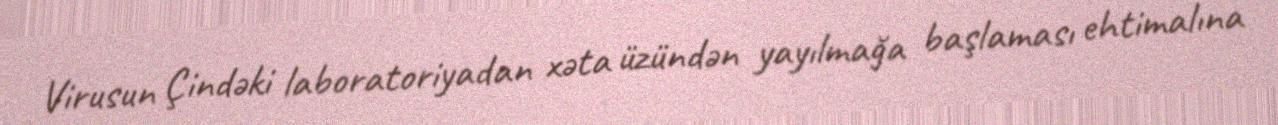
Virusun Çindəki laboratoriyadan xəta üzündən yayılmağa başlaması ehtimalına